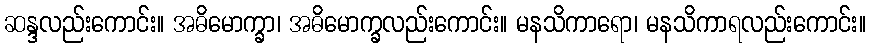
ဆန္ဒလည်းကောင်း။ အဓိမောက္ခာ၊ အဓိမောက္ခလည်းကောင်း။ မနသိကာရော၊ မနသိကာရလည်းကောင်း။